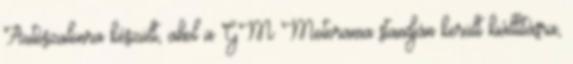
Autószalonra készült, ahol a GM Motorama standján került kiállításra,